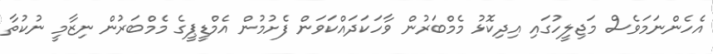
އެހެންނަމަވެސް މަޖިލީހުގައި އިދިކޮޅު މެމްބަރުން ވާހަކަދައްކަވަން ފެށުމުން އެމްޑީޕީގެ މެމްބަރުން ނިޒާމީ ނުކުތާ